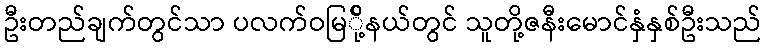
ဦးတည်ချက်တွင်သာ ပလက်ဝမြ်ို့နယ်တွင် သူတို့ဇနီးမောင်နှံနှစ်ဦးသည်